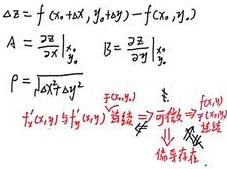
\[
\begin{align*}
\Delta z&=f(x_0 + \Delta x,y_0+\Delta y)-f(x_0,y_0)\\
A&=\left.\frac{\partial z}{\partial x}\right|_{y_0}\\
B&=\left.\frac{\partial z}{\partial y}\right|_{x_0}\\
\rho&=\sqrt{\Delta x^2+\Delta y^2}
\end{align*}
\]
\[
\begin{matrix}
f(x,y) & \xrightarrow[\text{可微}]{\text{def}} & \text{在}(x_0,y_0)\text{连续}\\
\uparrow & & \downarrow \\
f_x'(x_0,y_0)\text{与}f_y'(x_0,y_0)\text{连续} & \xleftarrow[\text{偏导数存在}]{\text{可微}} & \text{在}(x_0,y_0)\text{连续}
\end{matrix}
\]